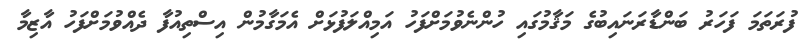
ފުރަތަމަ ފަހަރު ބަންޑާރަނައިބުގެ މަޤާމުގައި ހުންނެވުމަށްފަހު އަމިއްލަފުޅަށް އެމަގާމުން އިސްތިއުފާ ދެއްވުމަށްފަހު އާޒިމާ